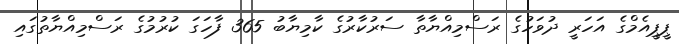
ޕީޕީއެމްގެ އަހަރީ ދުވަހުގެ ރަސްމިއްޔާތާ ސަރުކާރުގެ ކާމިޔާބު 365 ފާހަގަ ކުރުމުގެ ރަސްމިއްޔާތުގައި